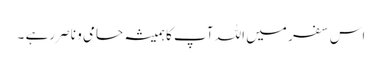
اس سفر میں اللہ آپ کا ہمیشہ حامی و ناصر رہے ۔